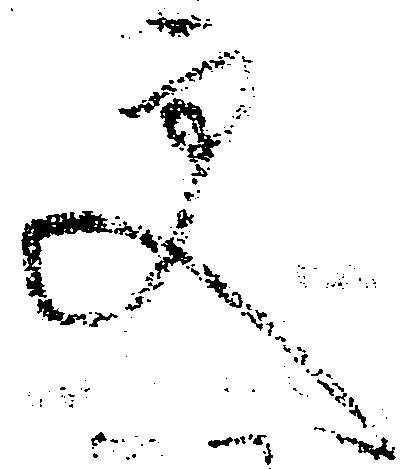
更